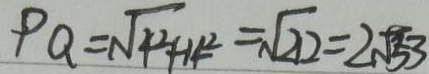
P Q = \sqrt { 4 ^ { 2 } + 1 4 ^ { 2 } } = \sqrt { 2 2 } = 2 \sqrt { 5 3 }